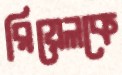
রিয়েলকে